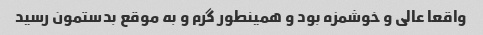
واقعا عالی و خوشمزه بود و همینطور گرم و به موقع بدستمون رسید